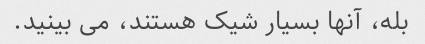
بله، آنها بسیار شیک هستند، می بینید.